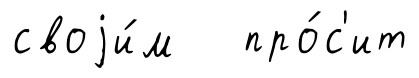
своjи́м про́с'ит